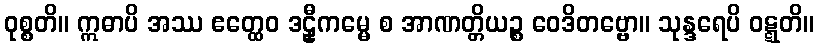
ဝုစ္စတိ။ ဣဓာပိ အဿ ဧတ္ထေဝ ဒဠှီကမ္မေ စ အာဏတ္တိယဉ္စ ဝေဒိတဗ္ဗော။ သုန္ဒရေပိ ဝဋ္ဋတိ။